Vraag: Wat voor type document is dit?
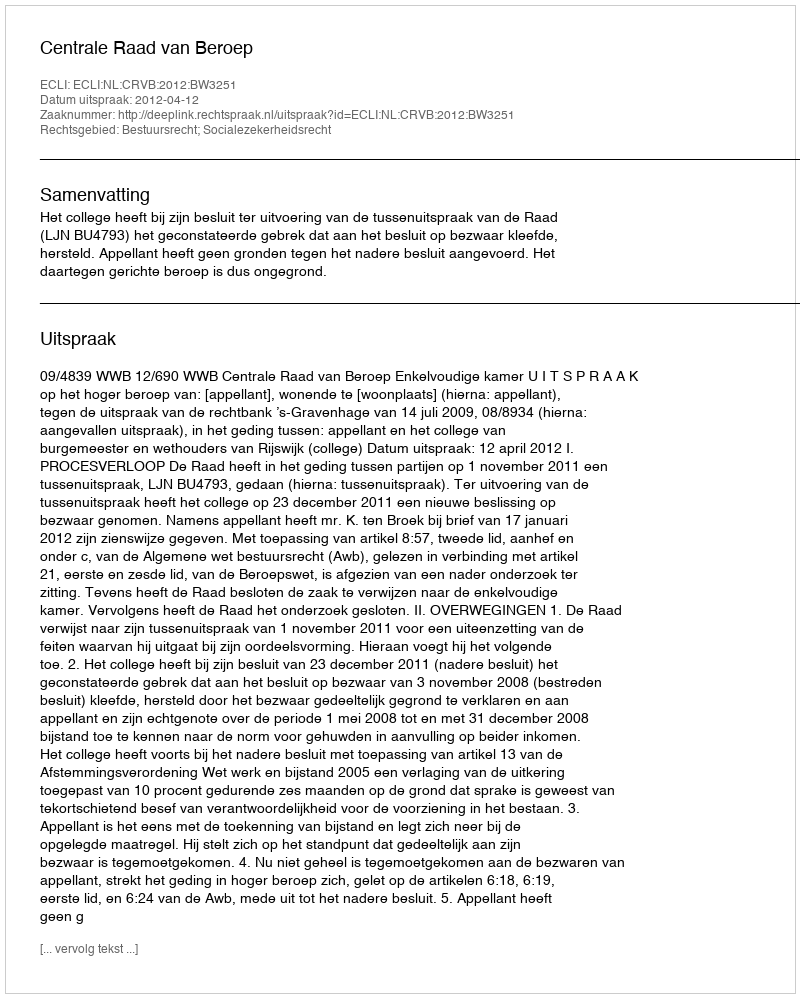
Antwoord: Uitspraak